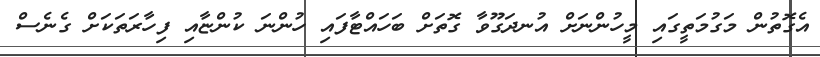
އެގޮތުން މަގުމަތީގައި މީހުންނަށް އުނދަގޫވާ ގޮތަށް ބަހައްޓާފައި ހުންނަ ކުންޏާއި ފިހާރަތަކަށް ގެނެސް